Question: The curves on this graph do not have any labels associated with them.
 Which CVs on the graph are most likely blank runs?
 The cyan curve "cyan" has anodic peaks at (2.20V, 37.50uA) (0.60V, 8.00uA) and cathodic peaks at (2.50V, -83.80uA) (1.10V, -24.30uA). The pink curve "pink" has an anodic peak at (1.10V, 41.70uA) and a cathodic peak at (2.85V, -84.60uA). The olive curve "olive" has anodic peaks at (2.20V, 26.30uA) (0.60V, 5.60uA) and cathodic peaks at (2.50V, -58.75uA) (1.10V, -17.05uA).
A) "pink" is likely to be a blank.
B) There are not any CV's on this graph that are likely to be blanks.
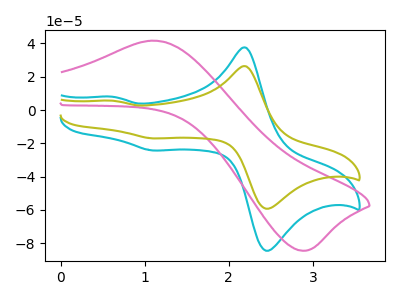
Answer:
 <answer>B) There are not any CV's on this graph that are likely to be blanks.</answer>
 <eval>B</eval>